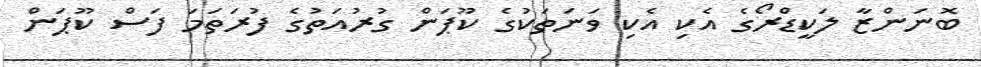
ބޮނަންޒާ ލަކީޑްރޯގެ އެކި އެކި ވަނަތަކުގެ ކޫޕަން ގުރުއަތުގެ ފުރަތަމަ ފަސް ކޫޕަން